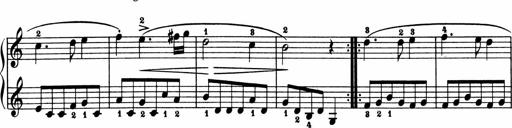
Title: 2 Sonatinen
Composer: Lambertus Adrianus van Tetterode